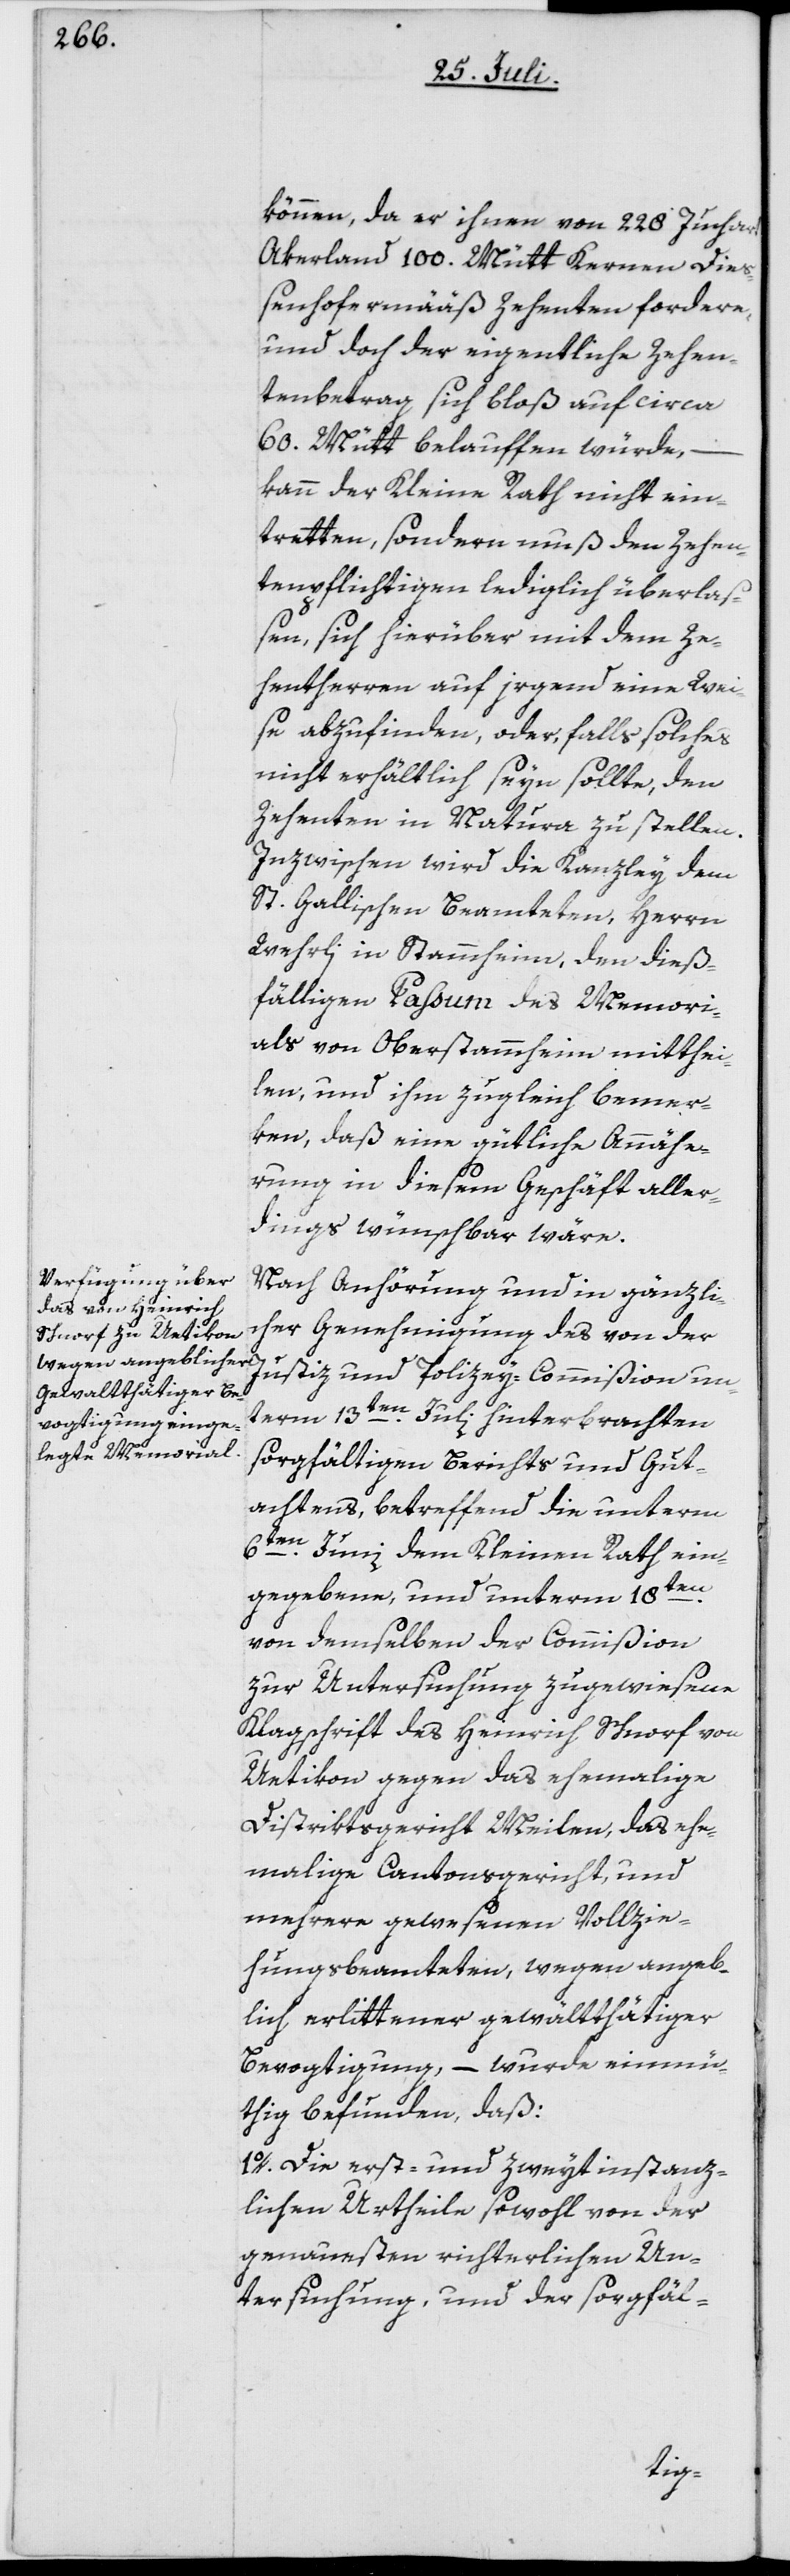
können, da er ihnen von 228 Juchart
Akerland 100. Mütt Kernen Dieß¬
enhofermääß Zehenten fordere,
und doch der eigentliche Zehen¬
tenbetrag sich bloß auf circa
60. Mütt belauffen würde,
kann der Kleine Rath nicht ein¬
tretten, sondern muß den Zehen¬
tenpflichtigen lediglich überlaß¬
en, sich hierüber mit dem Ze¬
hentherren auf irgend eine Wei¬
se abzufinden, oder, falls solches
nicht erhältlich seyn sollte, den
Zehenten in Natura zu stellen.
Inzwischen wird die Kanzley dem
St. Gallischen Beamteten, Herrn
Wehrli in Stammheim, den dieß¬
fälligen Passum des Memori¬
als von Oberstammheim mitthei¬
len, und ihm zugleich bemer¬
ken, daß ein gütliche Annähe¬
rung in diesem Geschäft aller¬
dings wünschbar wäre.
Nach Anhörung und in gänzlic¬
her Genehmigung des von der
Justiz und Polizey-Commißion un¬
term 13ten Juli hinterbrachten
sorgfältigen Berichts und Gut¬
achtens, betreffend die unterm
6ten Juni dem Kleinen Rath ein¬
gegebene, und unterm 18ten
von demselben der Commißion
zur Untersuchung zugewiesene
Klagschrift des Heinrich Schnorf von
Uetikon gegen das ehemalige
Distriktsgericht Meilen, das ehe¬
malige Cantonsgericht, und
mehrere gewesenen Vollzie¬
hungsbeamteten, wegen angeb¬
lich erlittener gewaltthätiger
Bevogtigung, – wurde einmü¬
thig befunden, daß:
1o. Die erst- und zweytinstanz¬
lichen Urtheile sowohl von der
genauesten richterlichen Un¬
tersuchung, und der sorgfäl-